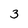
Character: 3